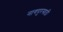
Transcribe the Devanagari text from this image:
नागपूरसाठी